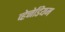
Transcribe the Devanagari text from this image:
व्हेनेडियम